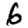
Digit: 6